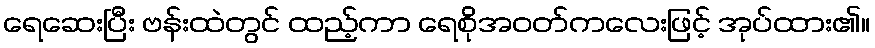
ရေဆေးပြီး ဗန်းထဲတွင် ထည့်ကာ ရေစိုအဝတ်ကလေးဖြင့် အုပ်ထား၏။